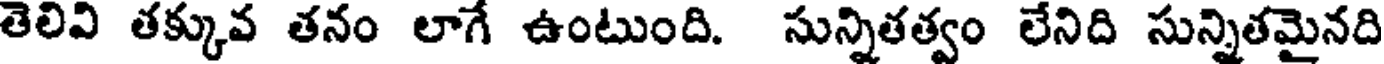
తెలివి తక్కువ తనం లాగే ఉంటుంది. సున్నితత్వం లేనిది సున్నితమైనది